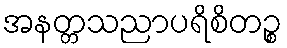
အနတ္တသညာပရိစိတဉ္စ